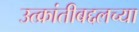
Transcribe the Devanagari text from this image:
उत्क्रांतीबद्दलच्या